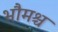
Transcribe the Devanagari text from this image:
भौमश्च